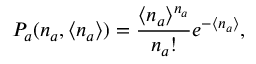
P _ { a } ( n _ { a } , \langle n _ { a } \rangle ) = \frac { \langle n _ { a } \rangle ^ { n _ { a } } } { n _ { a } ! } e ^ { - \langle n _ { a } \rangle } ,